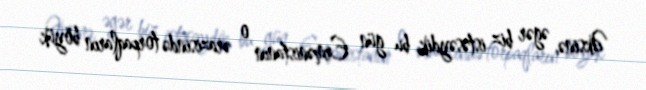
Əksinə, əgər biz istəsəydik, bu gün Ermənistanın o ərazisində torpaqların böyük